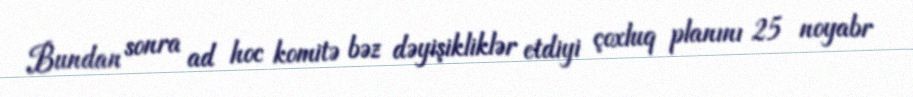
Bundan sonra ad hoc komitə bəz dəyişikliklər etdiyi çoxluq planını 25 noyabr